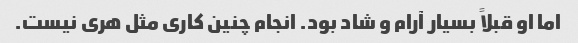
اما او قبلاً بسیار آرام و شاد بود. انجام چنین کاری مثل هری نیست.